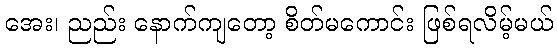
အေး၊ ညည်း နောက်ကျတော့ စိတ်မကောင်း ဖြစ်ရလိမ့်မယ်